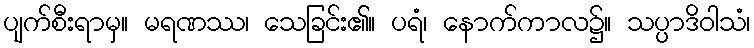
ပျက်စီးရာမှ။ မရဏဿ၊ သေခြင်း၏။ ပရံ၊ နောက်ကာလ၌။ သပ္ပာဒိဝါသံ၊